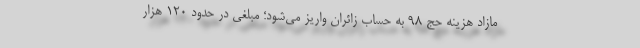
مازاد هزینه حج ۹۸ به حساب زائران واریز می‌شود؛ مبلغی در حدود ۱۲۰ هزار